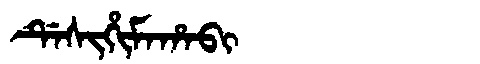
Manchu: ᡩᡝᠰᡳᡥᡳᠮᠠᡥᠠᠪᡳ
Romanization: DESIHIMAHABI